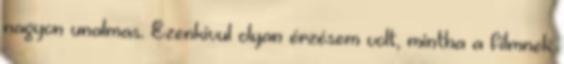
nagyon unalmas. Ezenkivul olyan érzésem volt, mintha a filmnek